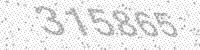
Solution: 315865